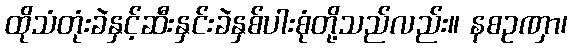
ထိုသံတုံးခဲနှင့်ဆီးနှင်းခဲနှစ်ပါးစုံတို့သည်လည်း။ နစဥဏှာ၊